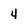
Character: 4